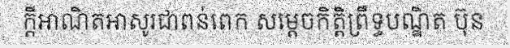
ក្តីអាណិតអាសូរជាពន់ពេក សម្តេចកិត្តិព្រឹទ្ធបណ្ឌិត ប៊ុន